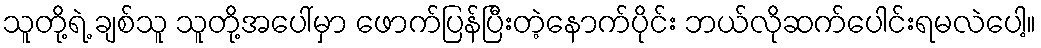
သူတို့ရဲ့ ချစ်သူ သူတို့အပေါ်မှာ ဖောက်ပြန်ပြီးတဲ့နောက်ပိုင်း ဘယ်လိုဆက်ပေါင်းရမလဲပေါ့။